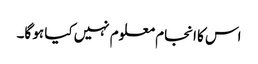
اس کا انجام معلوم نہیں کیا ہو گا۔